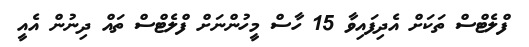
ފްލެޓްސް ތަކަށް އެދިފައިވާ 15 ހާސް މީހުންނަށް ފްލެޓްސް ތައް ދިނުން އެއީ